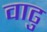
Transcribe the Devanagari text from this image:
वाढु